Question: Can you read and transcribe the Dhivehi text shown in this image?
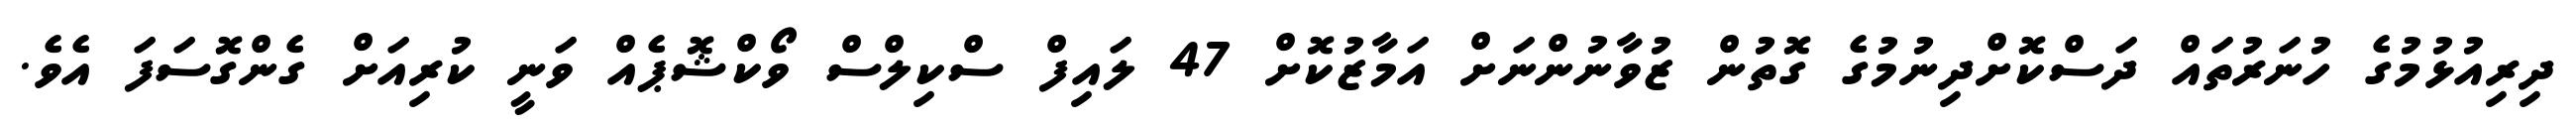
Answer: ދިރިއުޅުމުގެ ހުނަރުތައް ދަސްކޮށްދިނުމުގެ ގޮތުން ޒުވާނުންނަށް އަމާޒުކޮށް 47 ލައިފް ސްކިލްސް ވޯކްޝޮޕެއް ވަނީ ކުރިއަށް ގެންގޮސަފަ އެވެ.